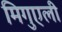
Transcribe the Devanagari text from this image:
मिगुएली